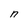
Character: n